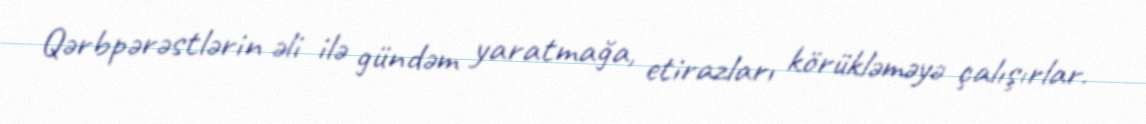
Qərbpərəstlərin əli ilə gündəm yaratmağa, etirazları körükləməyə çalışırlar.